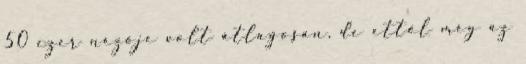
50 ezer nézője volt átlagosan, de ettől még az